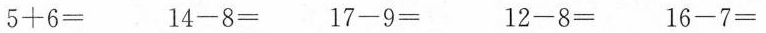
5+6= 14-8= 17-9= 12-8= 16-7=